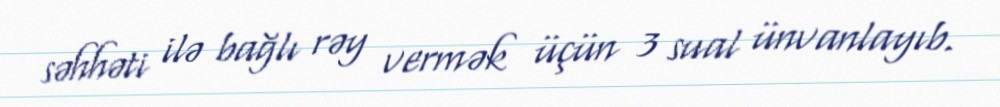
səhhəti ilə bağlı rəy vermək üçün 3 sual ünvanlayıb.